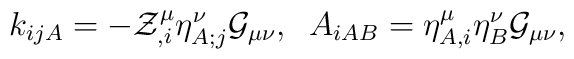
k_{ijA}=-{\cal Z}^{\mu}_{,i}{\eta}^{\nu}_{A;j}{\cal G}_{\mu\nu},\;\;A_{iAB}=\eta^{\mu}_{A,i}\eta^{\nu}_{B} {\cal G}_{\mu\nu},